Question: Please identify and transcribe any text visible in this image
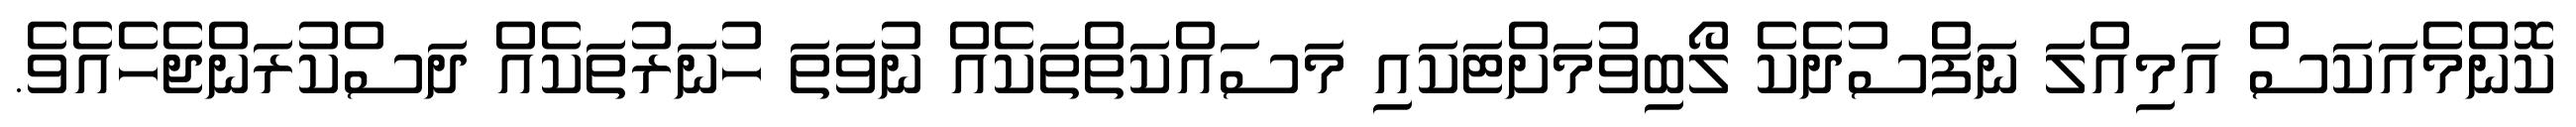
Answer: ކޮންމެއަކަސް އަމިއްލަ ނަފްސުދެކެ ލޯބިވުމަށްޓަކައި މަސައްކަތްތަކެއް ނުވަތަ ހުނަރުތަކެއް ދަސްކުރަންޖެހެއެވެ.